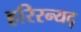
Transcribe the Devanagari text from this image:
हरिरन्यद्